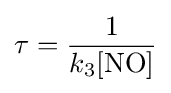
\tau ={\frac {1}{k_{3}[{\ce {NO}}]}}